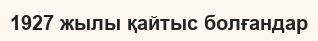
1927 жылы қайтыс болғандар